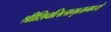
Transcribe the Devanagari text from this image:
श्रीशिवलिलामृतामध्ये